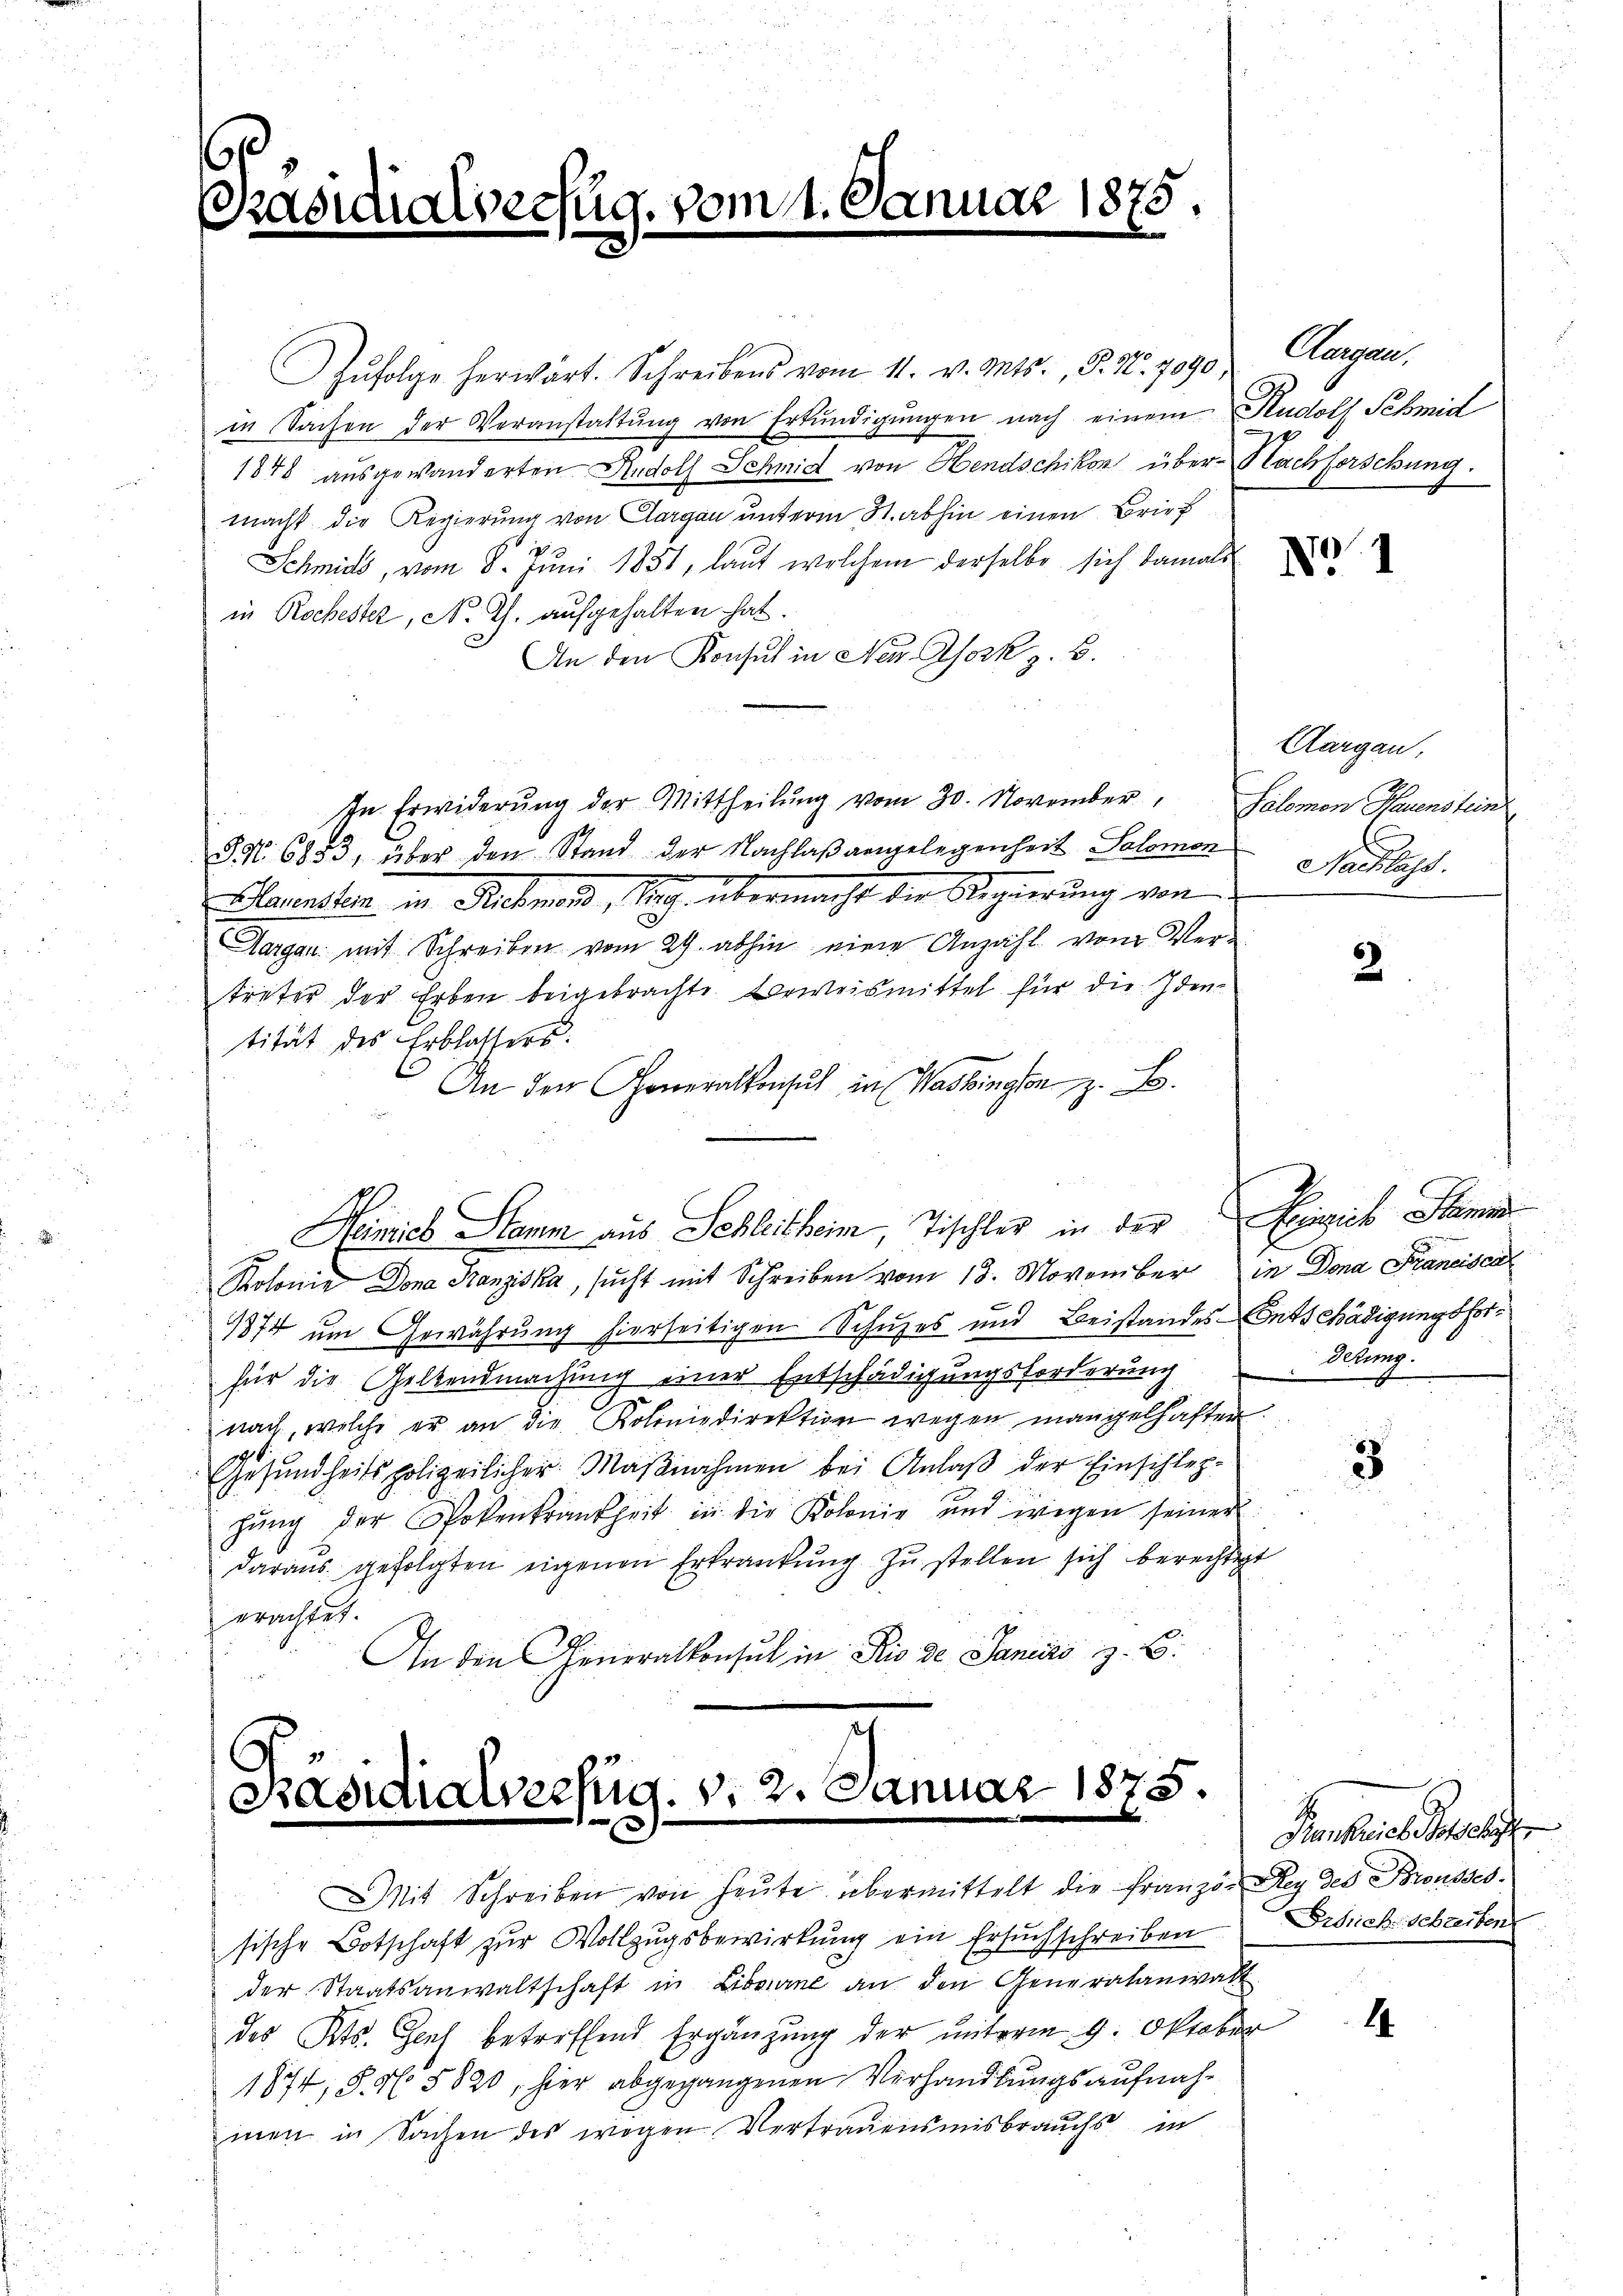
.
Radia

ralverzug, vom 1. Januar 1875.
d
e

Aŭfolge herwärt. Schreibens vom 11. v. Mts., S. 32. 7090
in Sachen der Veranstattŭng von Erkŭndigŭngen nach einem Rudolf Schmid
1848 ausgewanderten Rudolf Schmid von Hendschikon über Nachforschung.
macht die Regierung von Aargau unterm 31. abhin einen Brief
Schmids, vom 8. Jŭni 1851, laut welchem derselbe sich damals
in Rochester, N. Th. aufgehalten hat.
An den Konsul in Neu Asork z. B.
In Erwiderung der Mittheilung vom 30. November,
§ No. 6853, über den Stand der Nachlaßangelegenheit Salomon
Maunchen in Schmid, Seg übermacht die Regierung von
Aargau mit Schreiben vom 29. abhin eine Anzahl vom Ver-
treter der Erben beigebrachte Beweismittel für die Identität des Erblassers.
An den Generalkonsul in Washingen z. B.
.
Aimies Stamm aus Schleitheim, Tischler in der Hinsich Stamme
Kolonie Dona Franziska, sŭcht mit Schreiben vom 13. November in Dona Francisca
1874 um Gewährung hierseitigen Schuzes und Beistandes Entschädigungsforfür die Geltendmachung einer Entschädigungsforderung
nach, welche er an die Kolinie direktion wegen mangelhaften.
Gesundheitspolizeilicher Maβnahmen bei Anlaβ der Einschlep-
hŭng der Spokenkrankheit in die Kolonie und wegen seiner
daraŭs gefolgten eigenen Erkrankŭng zŭ stellen sich berechtigt
erachtet.
An den Generalkonsul in Rio de Janeiro z. B.

Päsidialverfug. v. 2. Januar 1875.

Mit Schreiben von heŭte übermittelt die Franzo- Rey des Brousses.
sische Botschaft zur Vollzugsbewirkung ein Ersuchschreiben
der Staatsanwaltschaft in Liberne an den Generalanwalt
des Kts. Genf betreffend Ergänzung der unterm 9. Oktober
1874, S. N. 5820, hier abgegangenen Verhandlungsaufnahmen in Sachen des wegen Vertrauensmisbrauchs in

Aargau.

Aargau,
Salomon Hauenstun
Mansah.

2

Oltung.

3

Krankreich sechste
Ersrich-Schreiben
u

1